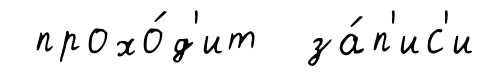
прохо́д'ит за́п'ис'и